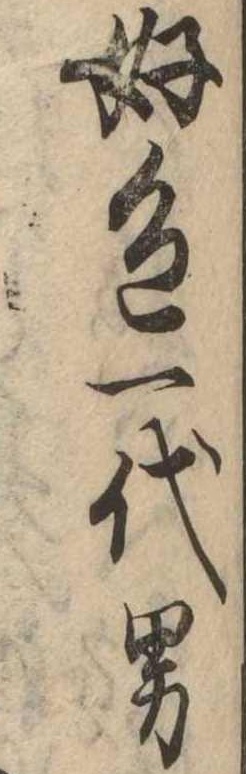
好色一代男